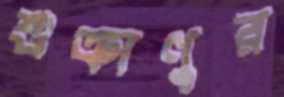
শুক্রাণুর